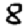
Digit: 8